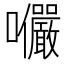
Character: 𭍍